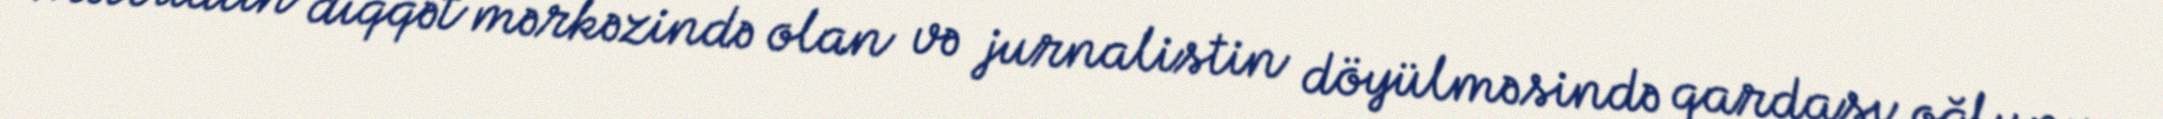
Mətbuatın diqqət mərkəzində olan və jurnalistin döyülməsində qardaşı oğlunun